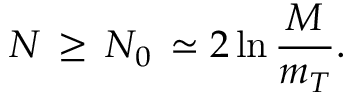
N \, \geq \, N _ { 0 } \, \simeq 2 \ln \frac { M } { m _ { T } } .